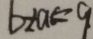
b + a = 9